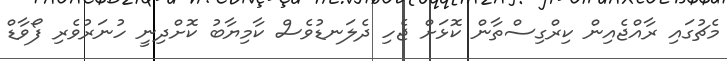
މެޗުގައި ރާއްޖެއިން ކިރްގިސްތާން ކޮޅަށް ޖެހި ދެލަނޑުވެސް ކާމިޔާބު ކޮށްދިނީ ހުނަރުވެރި ފޯވާޑް